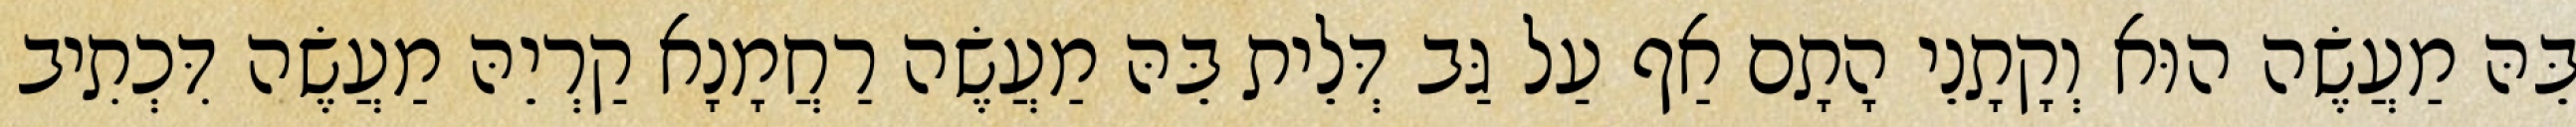
בֵּהּ מַעֲשֶׂה הוּא וְקָתָנֵי הָתָם אַף עַל גַּב דְּלֵית בֵּהּ מַעֲשֶׂה רַחֲמָנָא קַרְיֵהּ מַעֲשֶׂה דִּכְתִיב